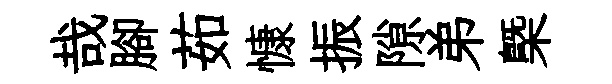
哉腳茹慷振隙弟槩